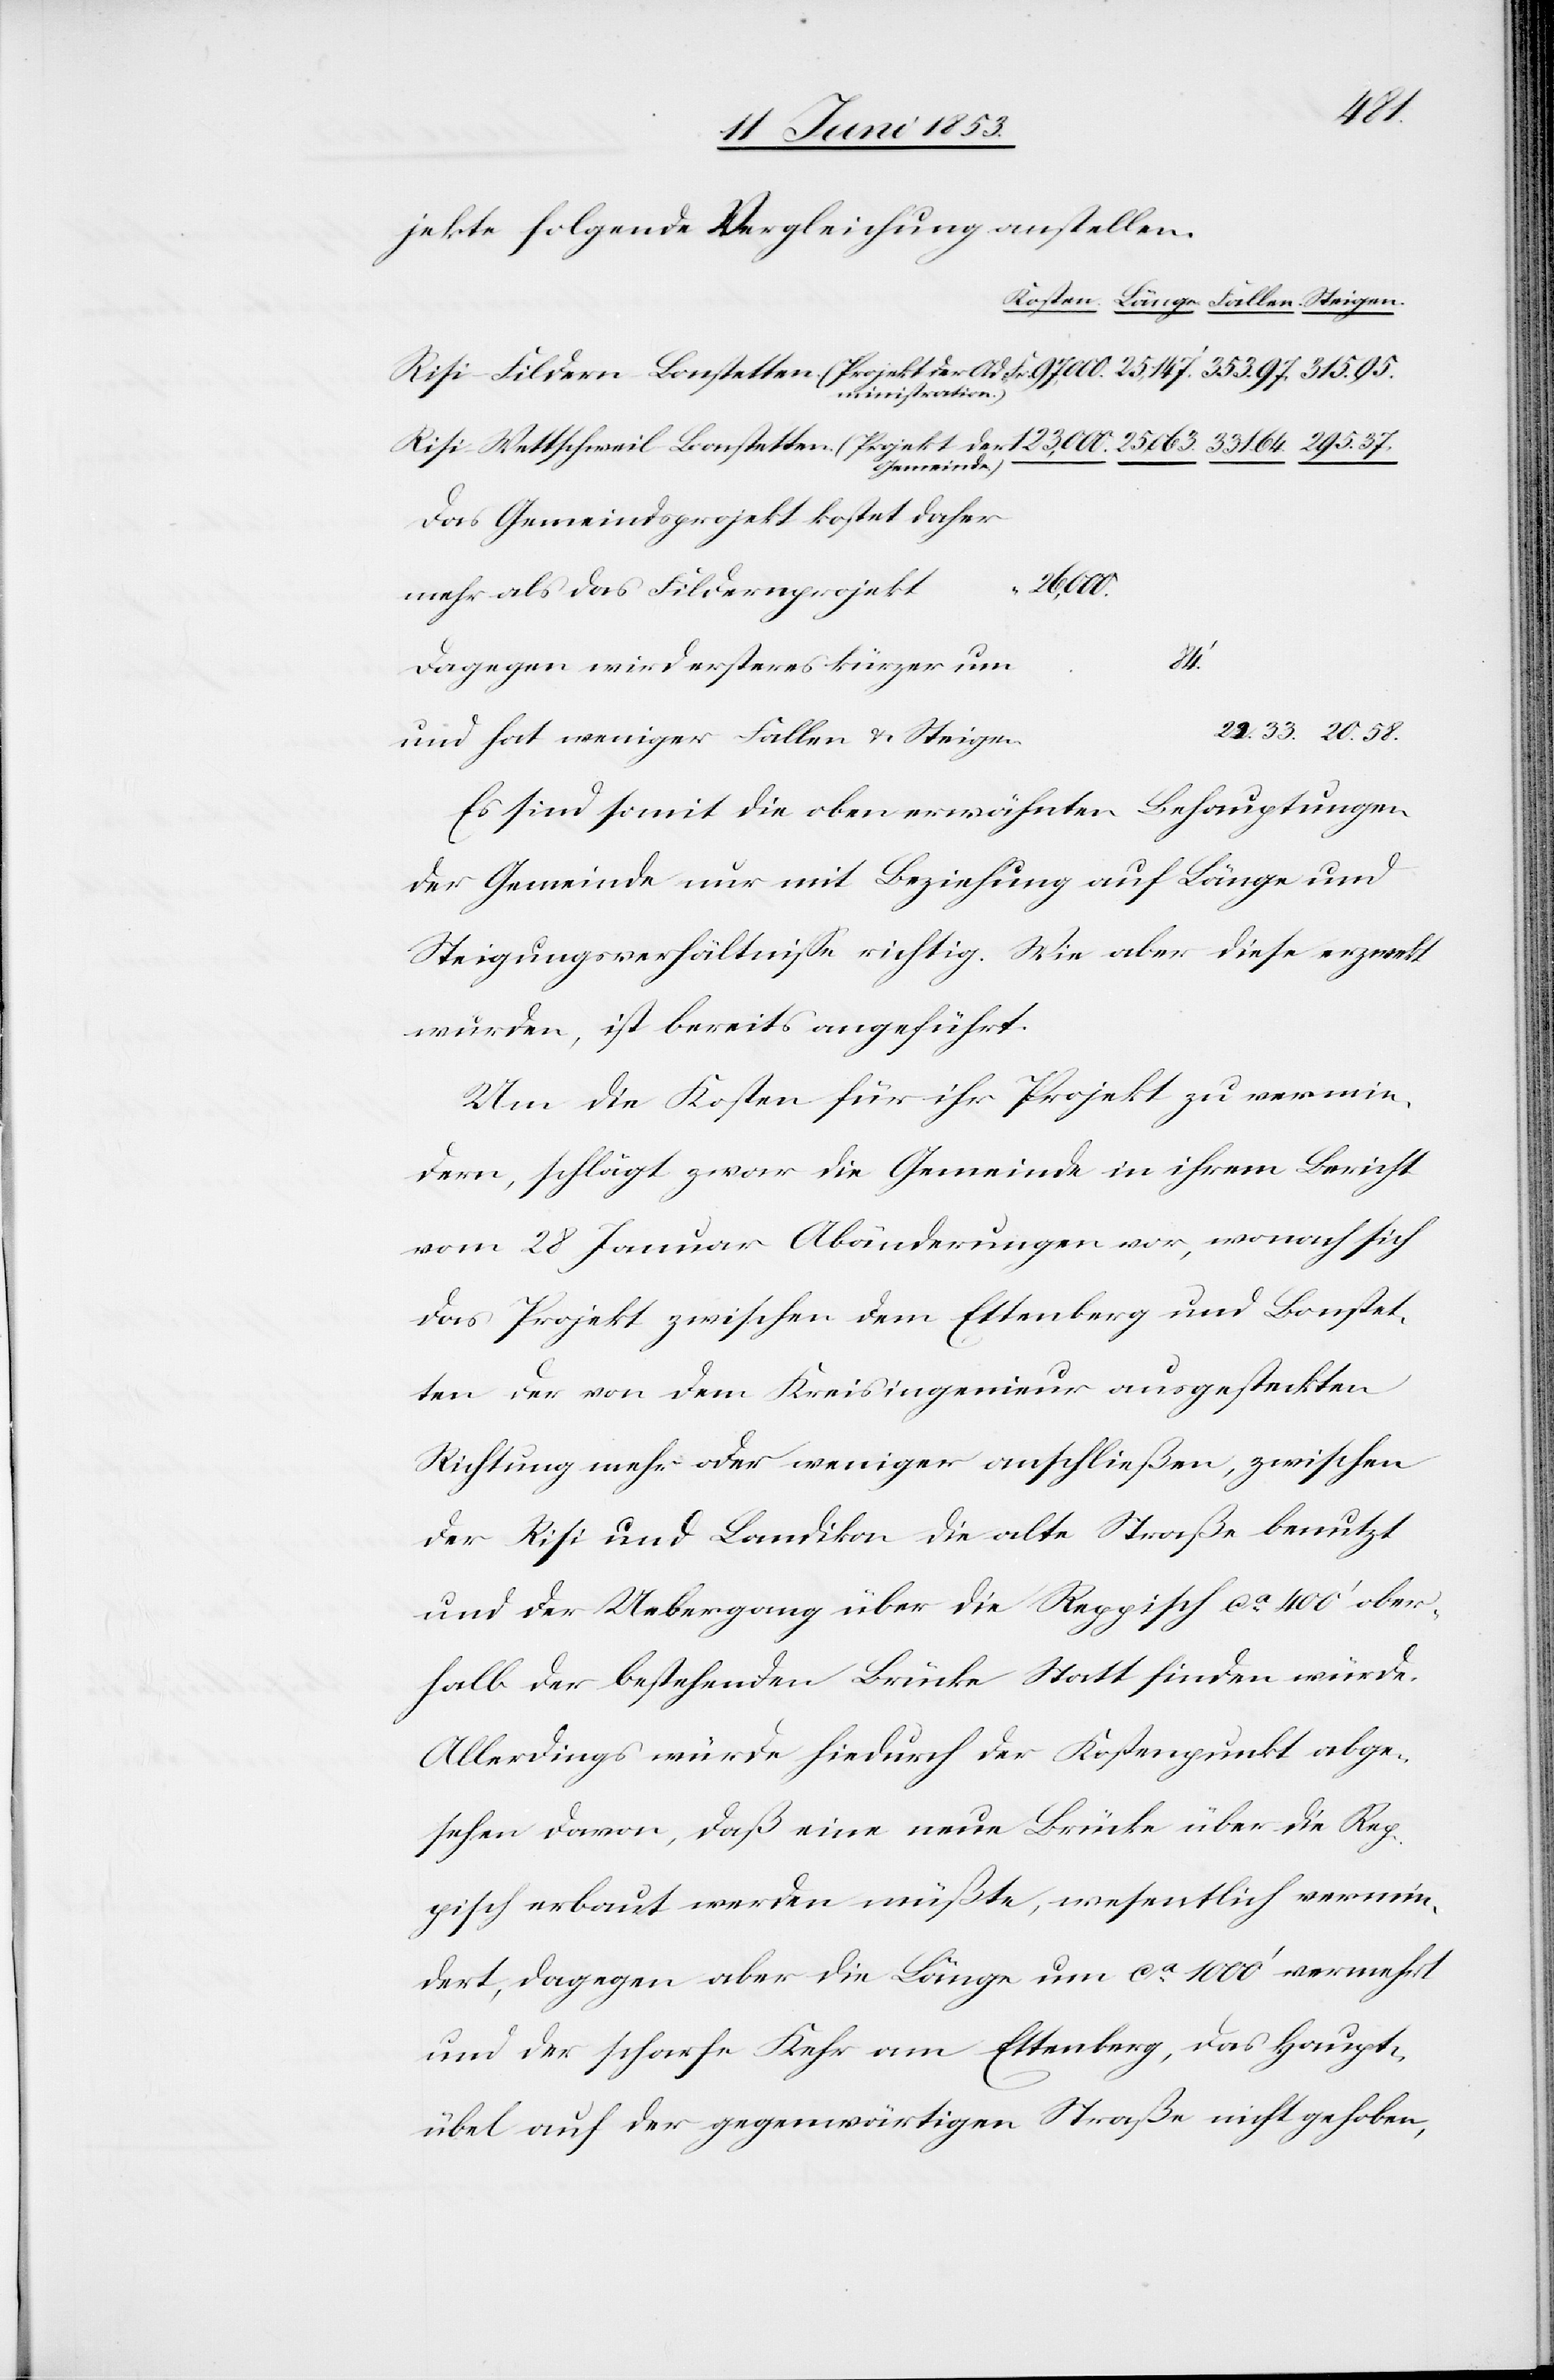
jekte folgende Vergleichung anstellen.
Risi-Fildern-Bonstetten (Projekt der	Fr. 97,000.	 25,147’		353.97.	315.95.
Administration)
Risi-Wettschweil-Bonstetten (Projekt der	123,000	 25,063’		331.64.	295.37.
Gemeinde)
Das Gemeindsprojekt kostet daher
Dagegen wird ersteres kürzer
n					22.33	20.58.
und hat weniger Fallen u. Steige¬
Es sind somit die oben erwähnten Behauptungen
der Gemeinde nur mit Beziehung auf Länge und
Steigungsverhältniße richtig. Wie aber diese erzweckt
wurden, ist bereits ausgeführt.
Um die Kosten für ihr Projekt zu vermin¬
dern schlägt zwar die Gemeinde in ihrem Bericht
vom 28 Januar Abänderungen vor, wonach sich
das Projekt zwischen dem Ettenberg und Bonstet¬
ten der von dem Kreisingenieur ausgesteckten
Richtung mehr oder weniger anschließen, zwischen
der Risi und Landikon die alte Straße benutzt
und der Uebergang über die Reppisch ca. 400’ ober¬
halb der bestehenden Brücke Statt finden würde.
Allerdings würde hiedurch der Kostenpunkt abge¬
sehen davon, daß eine neue Brücke über die Rep¬
pisch erbaut werden müßte, wesentlich vermin¬
dert, dagegen aber die Länge um ca. 1000’ vermehrt
und der scharfe Kehr am Ettenberg, das Haupt¬
übel auf der gegenwärtigen Straße nicht gehoben,